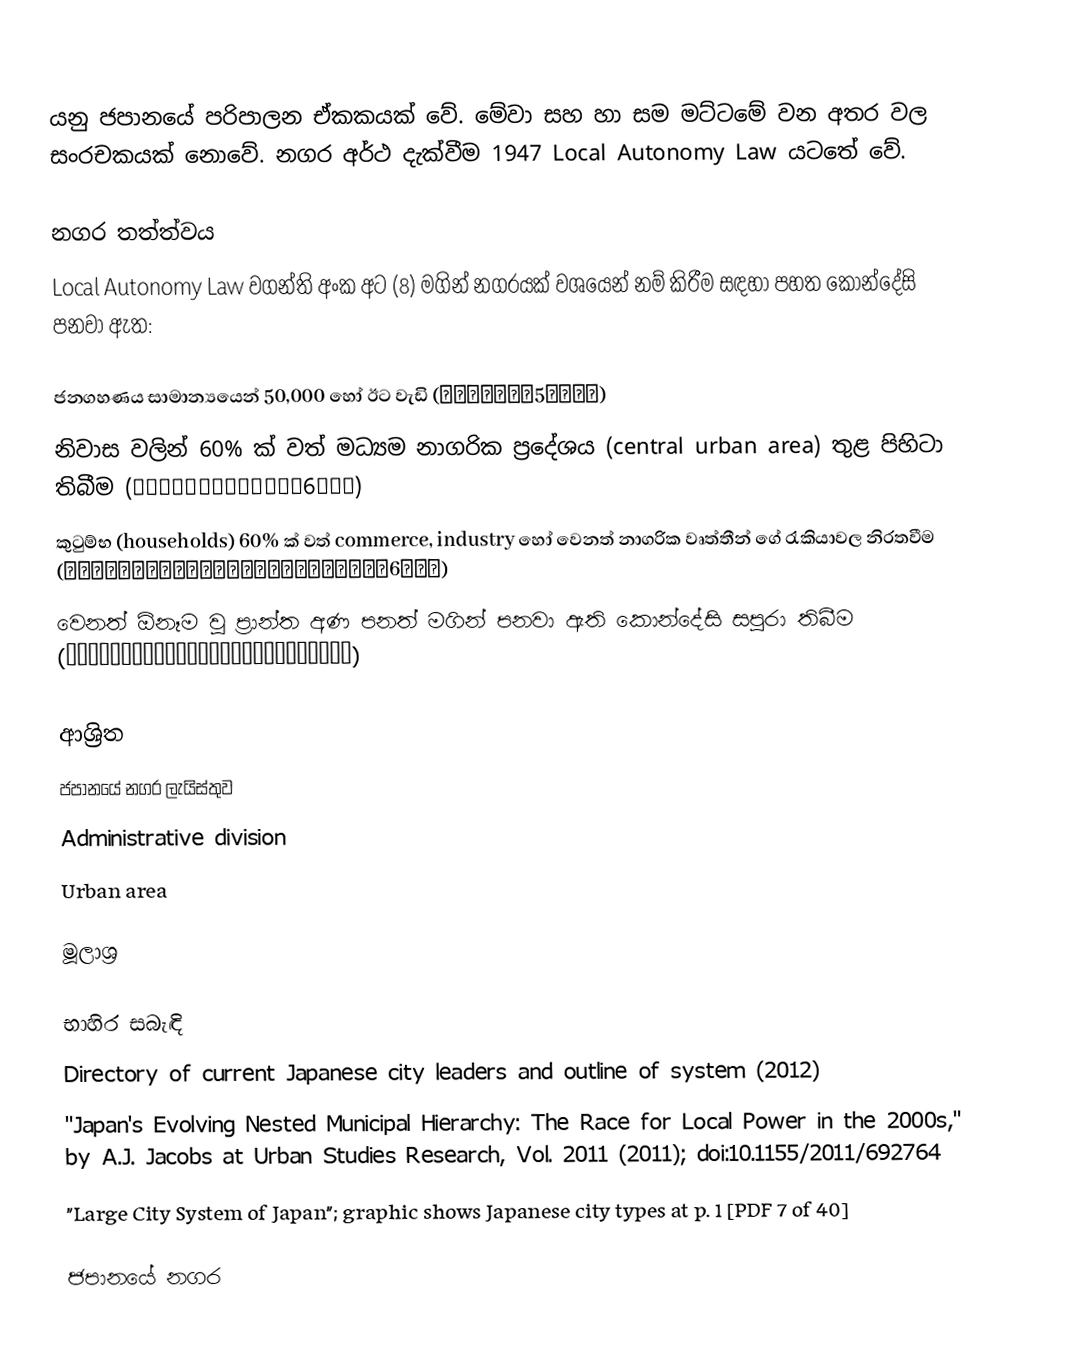
යනු ජපානයේ පරිපාලන ඒකකයක් වේ. මේවා  සහ  හා සම මට්ටමේ වන අතර  වල සංරචකයක්  නොවේ. නගර අර්ථ දැක්වීම 1947 Local Autonomy Law යටතේ වේ.

නගර තත්ත්වය
Local Autonomy Law වගන්ති අංක අට (8) මගින් නගරයක් වශයෙන් නම් කිරීම සඳහා පහත කොන්දේසි පනවා ඇත:

 ජනගහණය සාමාන්‍යයෙන් 50,000 හෝ ඊට වැඩි (原則として人口5万人以上)
 නිවාස වලින් 60% ක් වත් මධ්‍යම නාගරික ප්‍රදේශය (central urban area) තුළ පිහිටා තිබීම (中心市街地の戸数が全戸数の6割以上)
 කුටුම්භ (households) 60% ක් වත් commerce, industry හෝ වෙනත් නාගරික වෘත්තීන් ගේ රැකියාවල නිරතවීම  (商工業等の都市的業態に従事する世帯人口が全人口の6割以上)
 වෙනත් ඕනෑම වූ ප්‍රාන්ත අණ පනත් මගින් පනවා ඇති කොන්දේසි සපුරා තිබීම  (他に当該都道府県の条例で定める要件を満たしていること)

ආශ්‍රිත
 ජපානයේ නගර ලැයිස්තුව
 Administrative division
 Urban area

මූලාශ්‍ර

භාහිර සබැඳි
 Directory of current Japanese city leaders and outline of system (2012)
 "Japan's Evolving Nested Municipal Hierarchy: The Race for Local Power in the 2000s," by A.J. Jacobs at Urban Studies Research, Vol. 2011 (2011); doi:10.1155/2011/692764
 "Large City System of Japan"; graphic shows Japanese city types at p. 1 [PDF 7 of 40]

ජපානයේ නගර